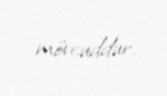
mövcuddur.